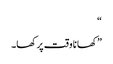
“
”کھانا وقت پر کھا۔